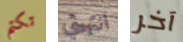
تكتم انتهيتي آخر